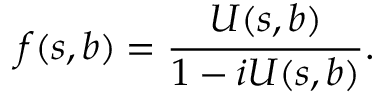
f ( s , b ) = \frac { U ( s , b ) } { 1 - i U ( s , b ) } .